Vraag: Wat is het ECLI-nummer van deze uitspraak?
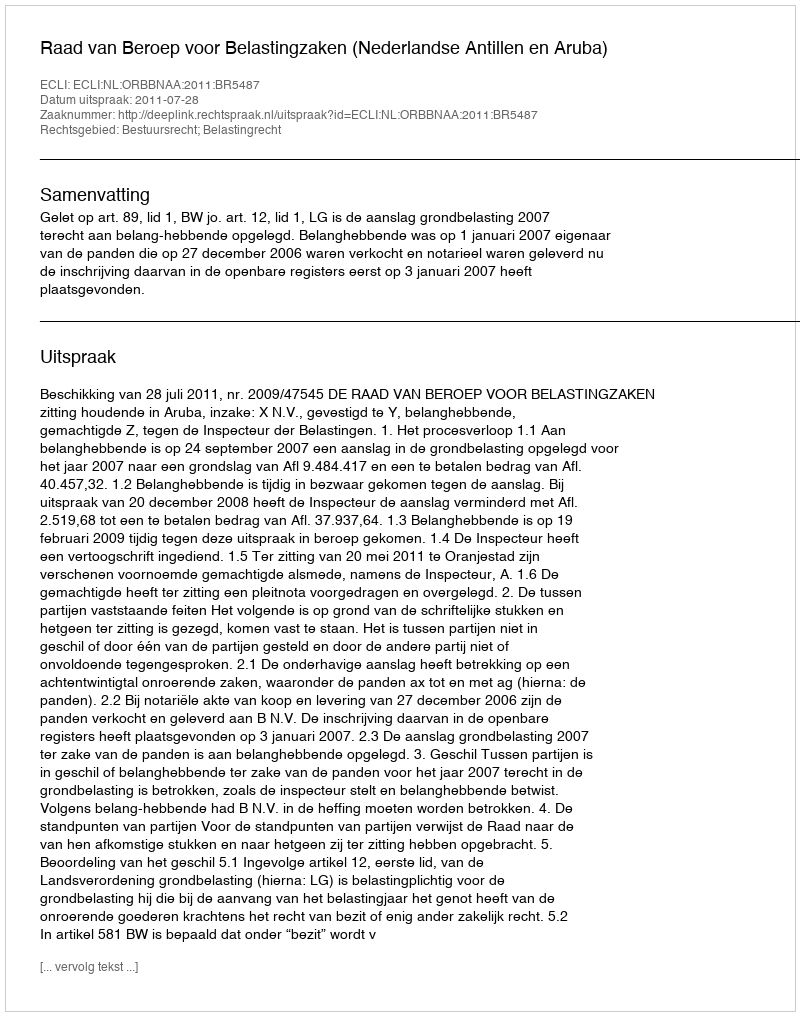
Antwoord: ECLI:NL:ORBBNAA:2011:BR5487